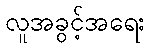
လူအခွင့်အရေး